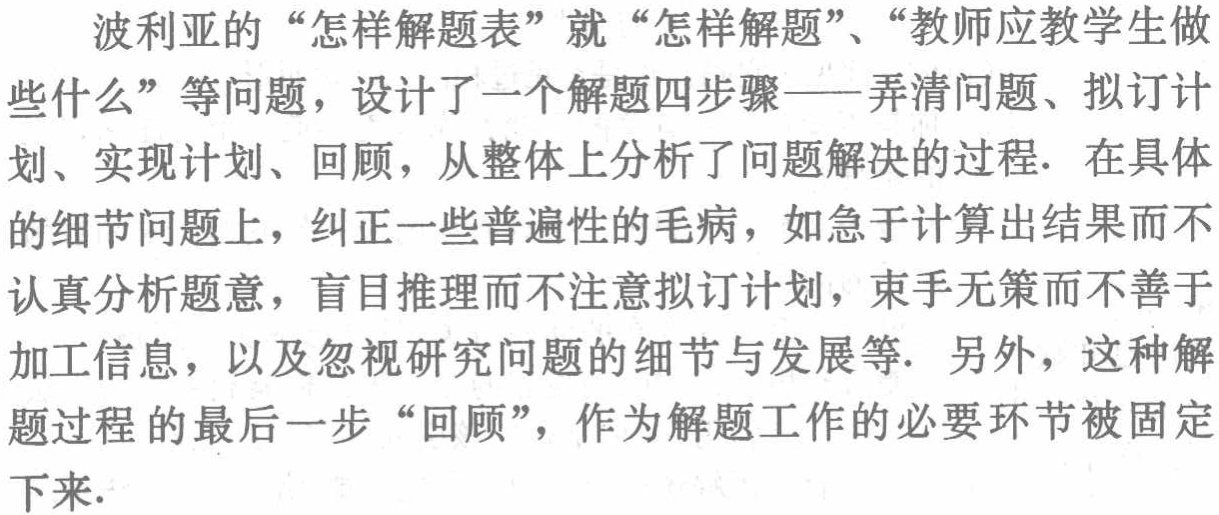
波利亚的“怎样解题表”就“怎样解题”、“教师应教学生做些什么”等问题，设计了一个解题四步骤——弄清问题、拟订计划、实现计划、回顾，从整体上分析了问题解决的过程. 在具体的细节问题上，纠正一些普遍性的毛病，如急于计算出结果而不认真分析题意，盲目推理而不注意拟订计划，束手无策而不善于加工信息，以及忽视研究问题的细节与发展等. 另外，这种解题过程的最后一步“回顾”，作为解题工作的必要环节被固定下来.